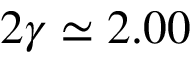
2 \gamma \simeq 2 . 0 0